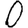
Digit: 0